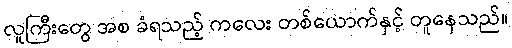
လူကြီးတွေ အစ ခံရသည့် ကလေး တစ်ယောက်နှင့် တူနေသည်။